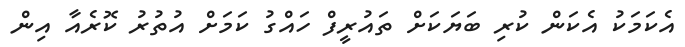
އެކަމަކު އެކަން ކުރި ބަޔަކަށް ތައުރީފް ހައްގު ކަމަށް އުތުރު ކޮރެއާ އިން